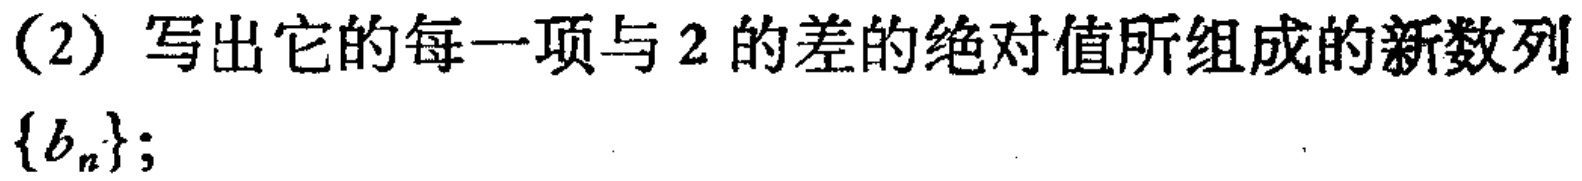
(2) 写出它的每一项与 \(2\) 的差的绝对值所组成的新数列\(\{b_{n}\}\);